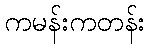
ကမန်းကတန်း